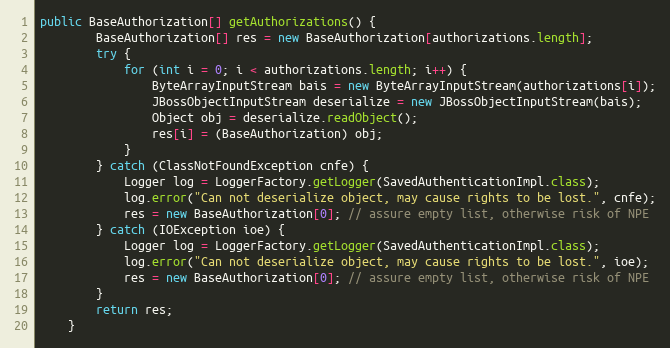
Language: Java
public BaseAuthorization[] getAuthorizations() {
		BaseAuthorization[] res = new BaseAuthorization[authorizations.length];
		try {
			for (int i = 0; i < authorizations.length; i++) {
				ByteArrayInputStream bais = new ByteArrayInputStream(authorizations[i]);
				JBossObjectInputStream deserialize = new JBossObjectInputStream(bais);
				Object obj = deserialize.readObject();
				res[i] = (BaseAuthorization) obj;
			}
		} catch (ClassNotFoundException cnfe) {
			Logger log = LoggerFactory.getLogger(SavedAuthenticationImpl.class);
			log.error("Can not deserialize object, may cause rights to be lost.", cnfe);
			res = new BaseAuthorization[0]; // assure empty list, otherwise risk of NPE
		} catch (IOException ioe) {
			Logger log = LoggerFactory.getLogger(SavedAuthenticationImpl.class);
			log.error("Can not deserialize object, may cause rights to be lost.", ioe);
			res = new BaseAuthorization[0]; // assure empty list, otherwise risk of NPE
		}
		return res;
	}